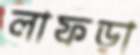
লাফড়া